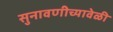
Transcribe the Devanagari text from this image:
सुनावणीच्यावेळी